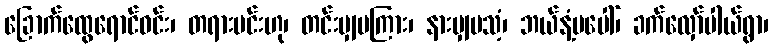
ခြောက်ထွေရောင်ဝင်း၊ တရားမင်းဟု၊ တင်းမျှမကြား၊ နားမျှမသံ့၊ ဘယ်နံ့မပေါ်၊ ခက်လှော်ပါယ်ရွာ၊